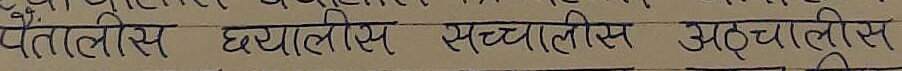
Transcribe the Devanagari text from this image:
पैंतालीस छयालीस सत्तालीस अठ्चालीस